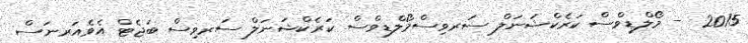
2015  - މޯލްޑިވްސް ކަރެކްޝަނަލް ސަރވިސްމޯލްޑިވްސް ކަރެކްޝަނަލް ސަރވިސް ބަޖެޓް އެވެއަރނަސް